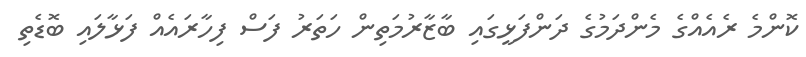
ކޮންމެ ރެއެއްގެ މެންދަމުގެ ދަންފަޅީގައި ބާޒާރުމަތިން ހަތަރު ފަސް ފިހާރައެއް ފަޅާލައި ބޮޑެތި